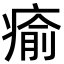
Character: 瘉